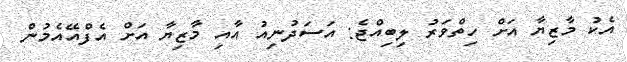
އެކު މާޒިޔާ އަށް ހިތްވަރު ލިބިއްޖެ: އަސަދުނިއު އާއި މާޒިޔާ އަށް އެފްއޭއެމުން